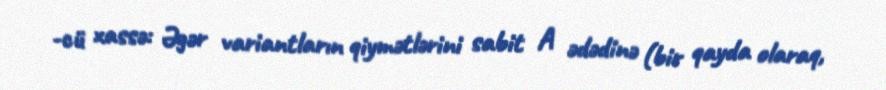
-cü xassə: Əgər variantların qiymətlərini sabit A ədədinə (bir qayda olaraq,